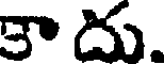
కా దు.